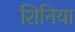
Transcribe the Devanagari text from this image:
शिनिया